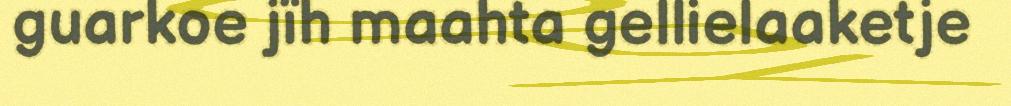
guarkoe jïh maahta gellielaaketje